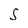
Character: S